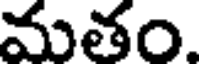
మతం.